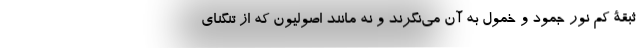
ثبقۀ کم نور جمود و خمول به آن می‌نگرند و نه مانند اصولیون که از تنگنای